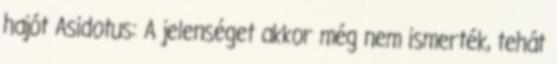
hajót Asidotus: A jelenséget akkor még nem ismerték, tehát